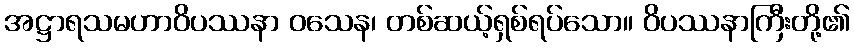
အဋ္ဌာရသမဟာဝိပဿနာ ဝသေန၊ တစ်ဆယ့်ရှစ်ရပ်သော။ ဝိပဿနာကြီးတို့၏